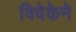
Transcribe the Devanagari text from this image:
विवेकेने